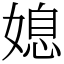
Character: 媳